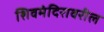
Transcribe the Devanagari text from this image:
शिवमंदिरावरील